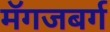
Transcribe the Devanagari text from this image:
मॅगजबर्ग